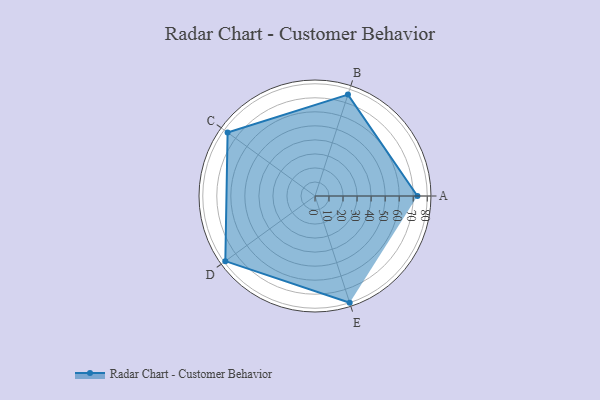
{"axis": {"x": "Skill", "y": "Score"}, "legend": ["Profile"], "data": [{"x": "A", "y": 73.0, "type": "Profile"}, {"x": "B", "y": 76.0, "type": "Profile"}, {"x": "C", "y": 77.0, "type": "Profile"}, {"x": "D", "y": 79.0, "type": "Profile"}, {"x": "E", "y": 80.0, "type": "Profile"}]}